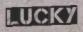
LUCKY